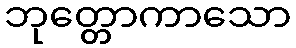
ဘုတ္တောကာသော